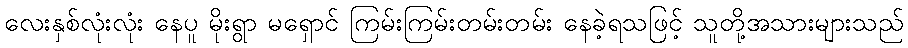
လေးနှစ်လုံးလုံး နေပူ မိုးရွာ မရှောင် ကြမ်းကြမ်းတမ်းတမ်း နေခဲ့ရသဖြင့် သူတို့အသားများသည်